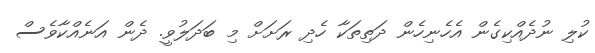
ކުލި ނުދެއްކިގެން އެހެނިހެން ދަތިތަކާ ހެދި ރަށަށް މި ބަދަލުވީ. ދެން އަނެއްކާވެސް